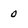
Character: 0